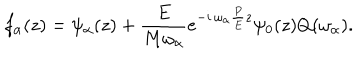
f _ { \alpha } ( z ) = \psi _ { \alpha } ( z ) + \frac E { M \omega _ { \alpha } } e ^ { - i \, \omega _ { \alpha } \frac P E z } \psi _ { 0 } ( z ) Q ( \omega _ { \alpha } ) .